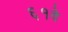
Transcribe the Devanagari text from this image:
६१वे